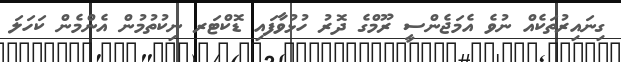
ގިނައިރުތަކެއް ނުވެ އެމަޖެންސީ ރޫމްގެ ދޮރު ހުޅުވާފައި ޑޮކްޓަރ ނިކުތުމުން އެންމެން ކަހަލަ